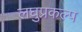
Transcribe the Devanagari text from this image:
लघुप्रकल्प